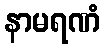
နာမရဏံ